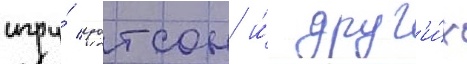
игру́ уотсон и́ друг'и́х